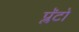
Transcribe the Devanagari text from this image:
प्लॅटो